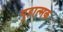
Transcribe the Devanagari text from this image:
गुहात्मक